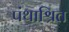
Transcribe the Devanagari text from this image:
पंथाश्रित